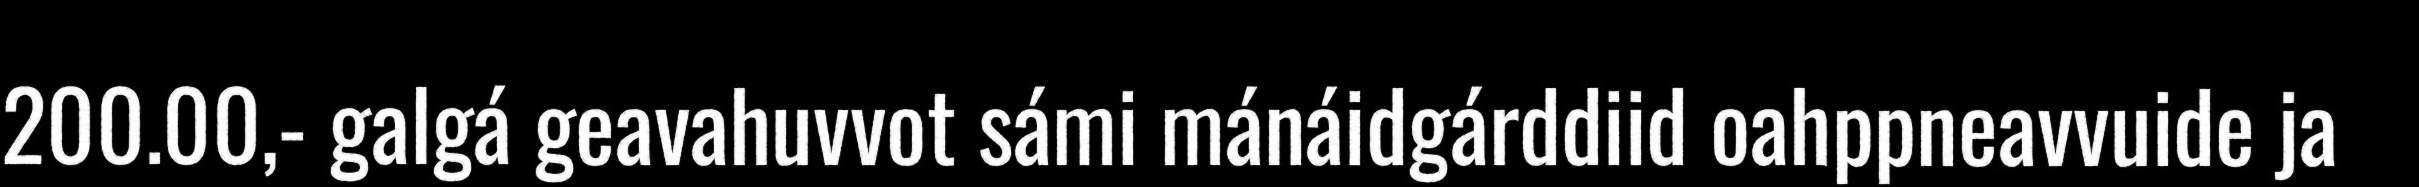
200.00,- galgá geavahuvvot sámi mánáidgárddiid oahppneavvuide ja